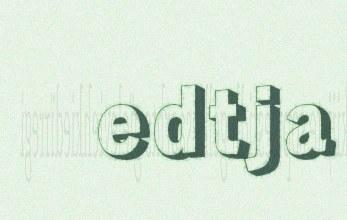
edtja